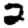
Digit: 2